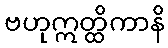
ဗဟုဣတ္ထိကာနိ